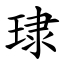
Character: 㻖